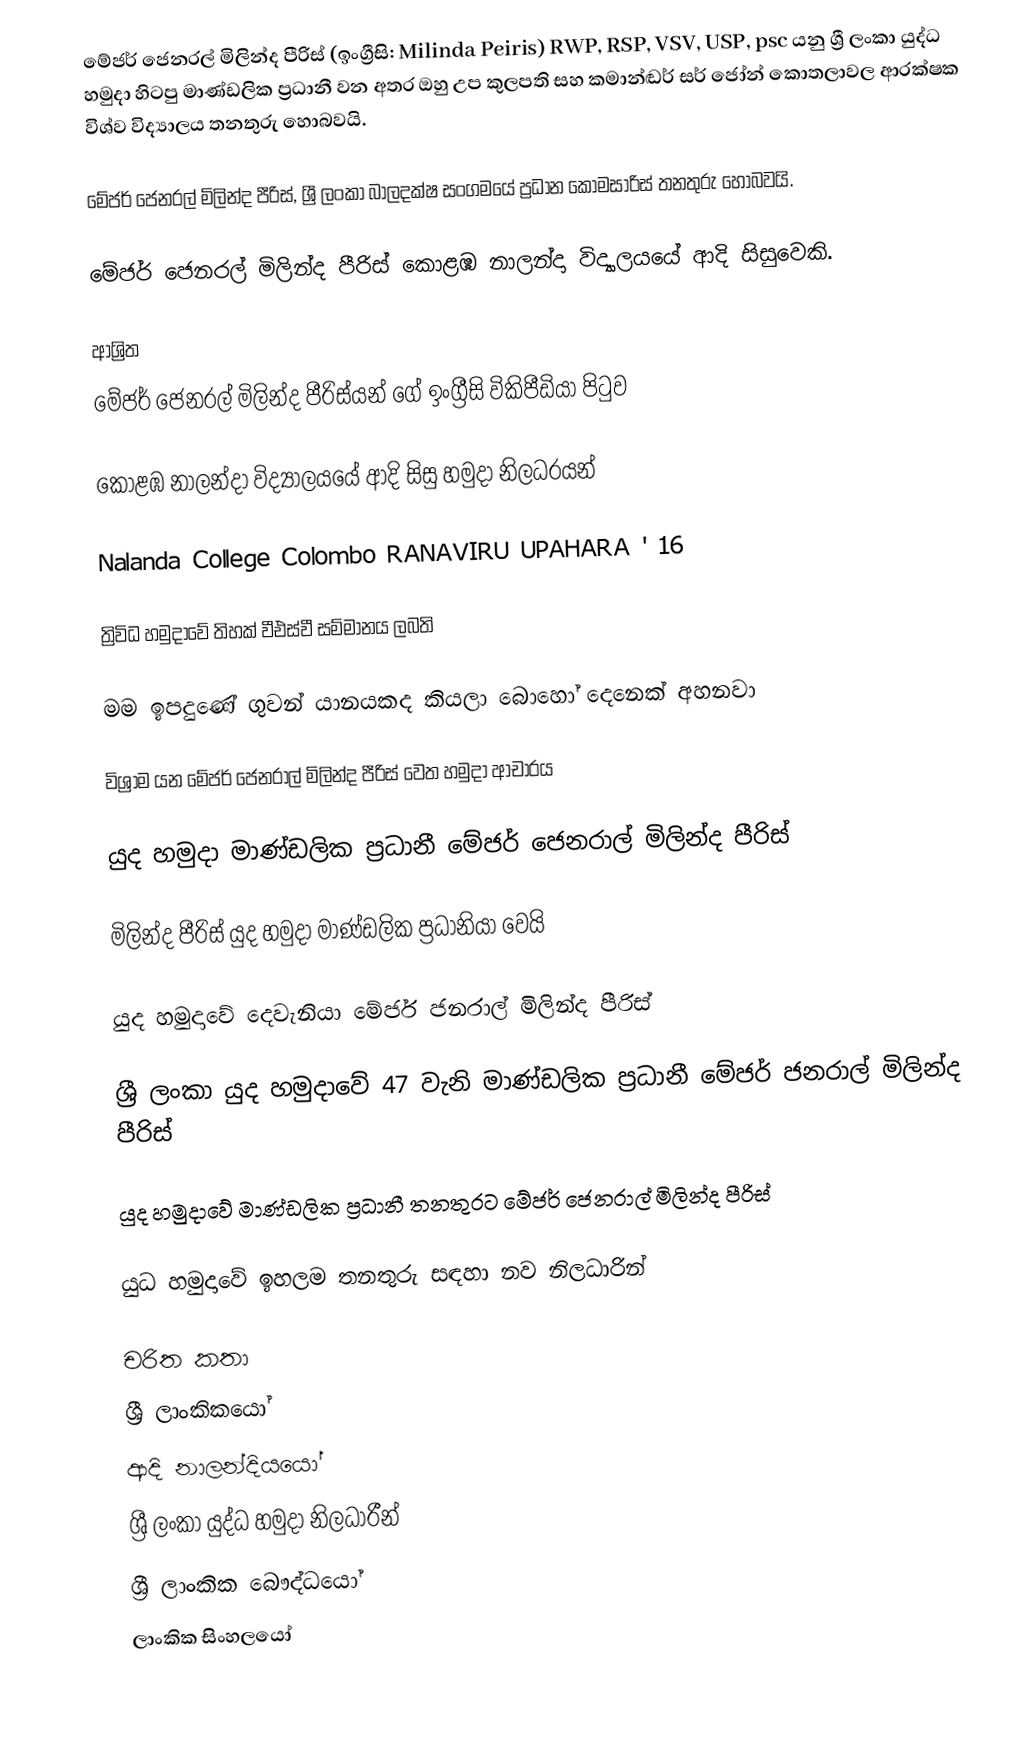
මේජර් ජෙනරල් මිලින්ද පීරිස් (ඉංග්‍රීසි: Milinda Peiris) RWP, RSP, VSV, USP, psc යනු  ශ්‍රී ලංකා යුද්ධ හමුදා හිටපු මාණ්ඩලික ප්‍රධානී වන අතර ඔහු උප කුලපති සහ කමාන්ඬර් සර් ජෝන් කොතලාවල ආරක්ෂක විශ්ව විද්‍යාලය තනතුරු හොබවයි.

මේජර් ජෙනරල් මිලින්ද පීරිස්, ශ්‍රී ලංකා බාලදක්ෂ සංගමයේ ප්‍රධාන කොමසාරිස් තනතුරු හොබවයි.

මේජර් ජෙනරල් මිලින්ද පීරිස්  කොළඹ නාලන්දා විද්‍යාලයයේ ආදි සිසුවෙකි.

ආශ්‍රිත
  මේජර් ජෙනරල් මිලින්ද පීරිස්යන් ගේ ඉංග්‍රීසි විකිපීඩියා පිටුව

 කොළඹ නාලන්දා විද්‍යාලයයේ ආදි සිසු හමුදා නිලධරයන්

 Nalanda College Colombo RANAVIRU UPAHARA ' 16

 ත්‍රිවිධ හමුදාවේ තිහක් වීඑස්වී සම්මානය ලබති

 මම ඉපදුණේ ගුවන් යානයකද කියලා බොහෝ දෙනෙක් අහනවා

 විශ්‍රාම යන මේජර් ජෙනරාල් මිලින්ද පීරිස් වෙත හමුදා ආචාරය

 යුද හමුදා මාණ්ඩලික ප්‍රධානී මේජර් ජෙනරාල් මිලින්ද පීරිස්

 මිලින්ද පීරිස් යුද හමුදා මාණ්ඩලික ප්‍රධානියා වෙයි

 යුද හමුදාවේ දෙවැනියා මේජර් ජනරාල් මිලින්ද පීරිස්

 ශ්‍රී ලංකා යුද හමුදාවේ 47 වැනි මාණ්ඩලික ප්‍රධානී මේජර් ජනරාල් මිලින්ද පීරිස්

 යුද හමුදාවේ මාණ්‌ඩලික ප්‍රධානී තනතුරට මේජර් ජෙනරාල් මිලින්ද පීරිස්‌

 යුධ හමුදාවේ ඉහලම තනතුරු සඳහා නව නිලධාරින්

චරිත කතා
ශ්‍රී ලාංකිකයෝ
ආදි නාලන්දියයෝ
ශ්‍රී ලංකා යුද්ධ හමුදා නිලධාරීන්
ශ්‍රී ලාංකික බෞද්ධයෝ
ලාංකික සිංහලයෝ